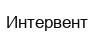
Интервент